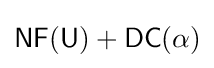
{\mathsf {NF(U)+DC}}(\alpha )